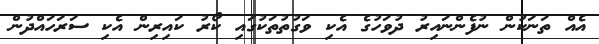
އެއް ތަނަކުން ނުފެންނައިރު ދުވަހުގެ އެކި ވަގުތުތަކުގައި ކޯރު ކައިރިން އެކި ސަރަހައްދުން